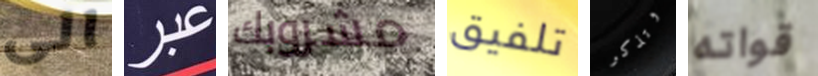
الى عبر مشروبك تلفيق وتذكر قواته